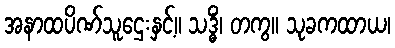
အနာထပိဏ်သူဌေးနှင့်။ သဒ္ဓိံ၊ တကွ။ သုခကထာယ၊